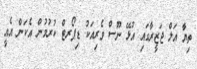
ތިޔާ އަލް ޖަޒީރާގައި އުޅޭ ނޫސް ވެރިއަކު ޑިޕޯރޓް ކުރުމުން އެކަން އެއީ